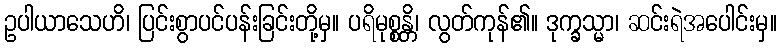
ဥပါယာသေဟိ၊ ပြင်းစွာပင်ပန်းခြင်းတို့မှ။ ပရိမုစ္စန္တိ၊ လွတ်ကုန်၏။ ဒုက္ခသ္မာ၊ ဆင်းရဲအပေါင်းမှ။